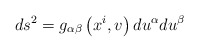
\begin{align*}ds^{2}=g_{\alpha \beta }\left( x^{i},v\right) du^{\alpha }du^{\beta }\end{align*}